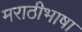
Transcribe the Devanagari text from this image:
मराठीभाषा